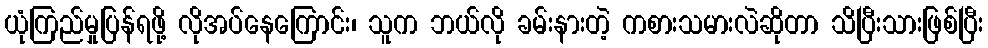
ယုံကြည်မှုပြန်ရဖို့ လိုအပ်နေကြောင်း၊ သူက ဘယ်လို ခမ်းနားတဲ့ ကစားသမားလဲဆိုတာ သိပြီးသားဖြစ်ပြီး